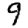
Digit: 9